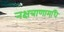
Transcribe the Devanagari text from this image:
नक्षत्राणामधि